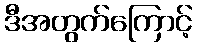
ဒီအတွက်ကြောင့်